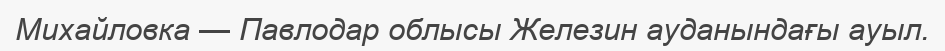
Михайловка — Павлодар облысы Железин ауданындағы ауыл.